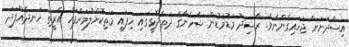
އިސްދަށަށް ޖަހައިގެންނެވެ. ރާޝިދު މަޑުމަޑުން ޝެހެނާގެ ދަތްދޮޅީގައި ހިފައި މަތިކޮށްލުމަށްފަހު އެރީތި ހަނދެއްފަދަ